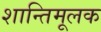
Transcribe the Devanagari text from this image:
शान्तिमूलक